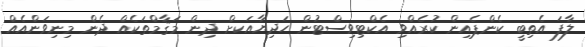
ލާފަ އެތިބީ ކެންޕެއިން ކުރެއްވި އެކްޓިވިސްޓުން ހަދިޔާއަކށް ދިން މަޤާމްތަކެއް ދެން މިނިވަންއެއް